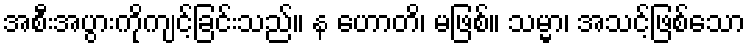
အစီးအပွားကိုကျင့်ခြင်းသည်။ န ဟောတိ၊ မဖြစ်။ သမ္မာ၊ အသင့်ဖြစ်သော